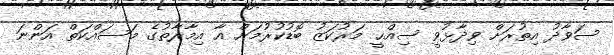
ސަވާދު އިތުރަށް ވިދާޅުވީ ސިއްޙީ މަރުކަޒު ބޮޑުކުރުމަށް އާ އިމާރާތުގެ މަސައްކަތް އަންނަ